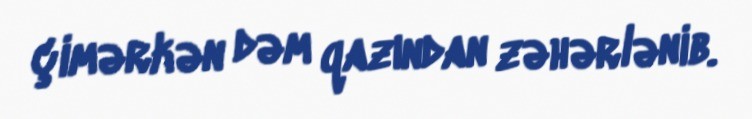
çimərkən dəm qazından zəhərlənib.